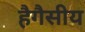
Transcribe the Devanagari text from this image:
हैगैसीय